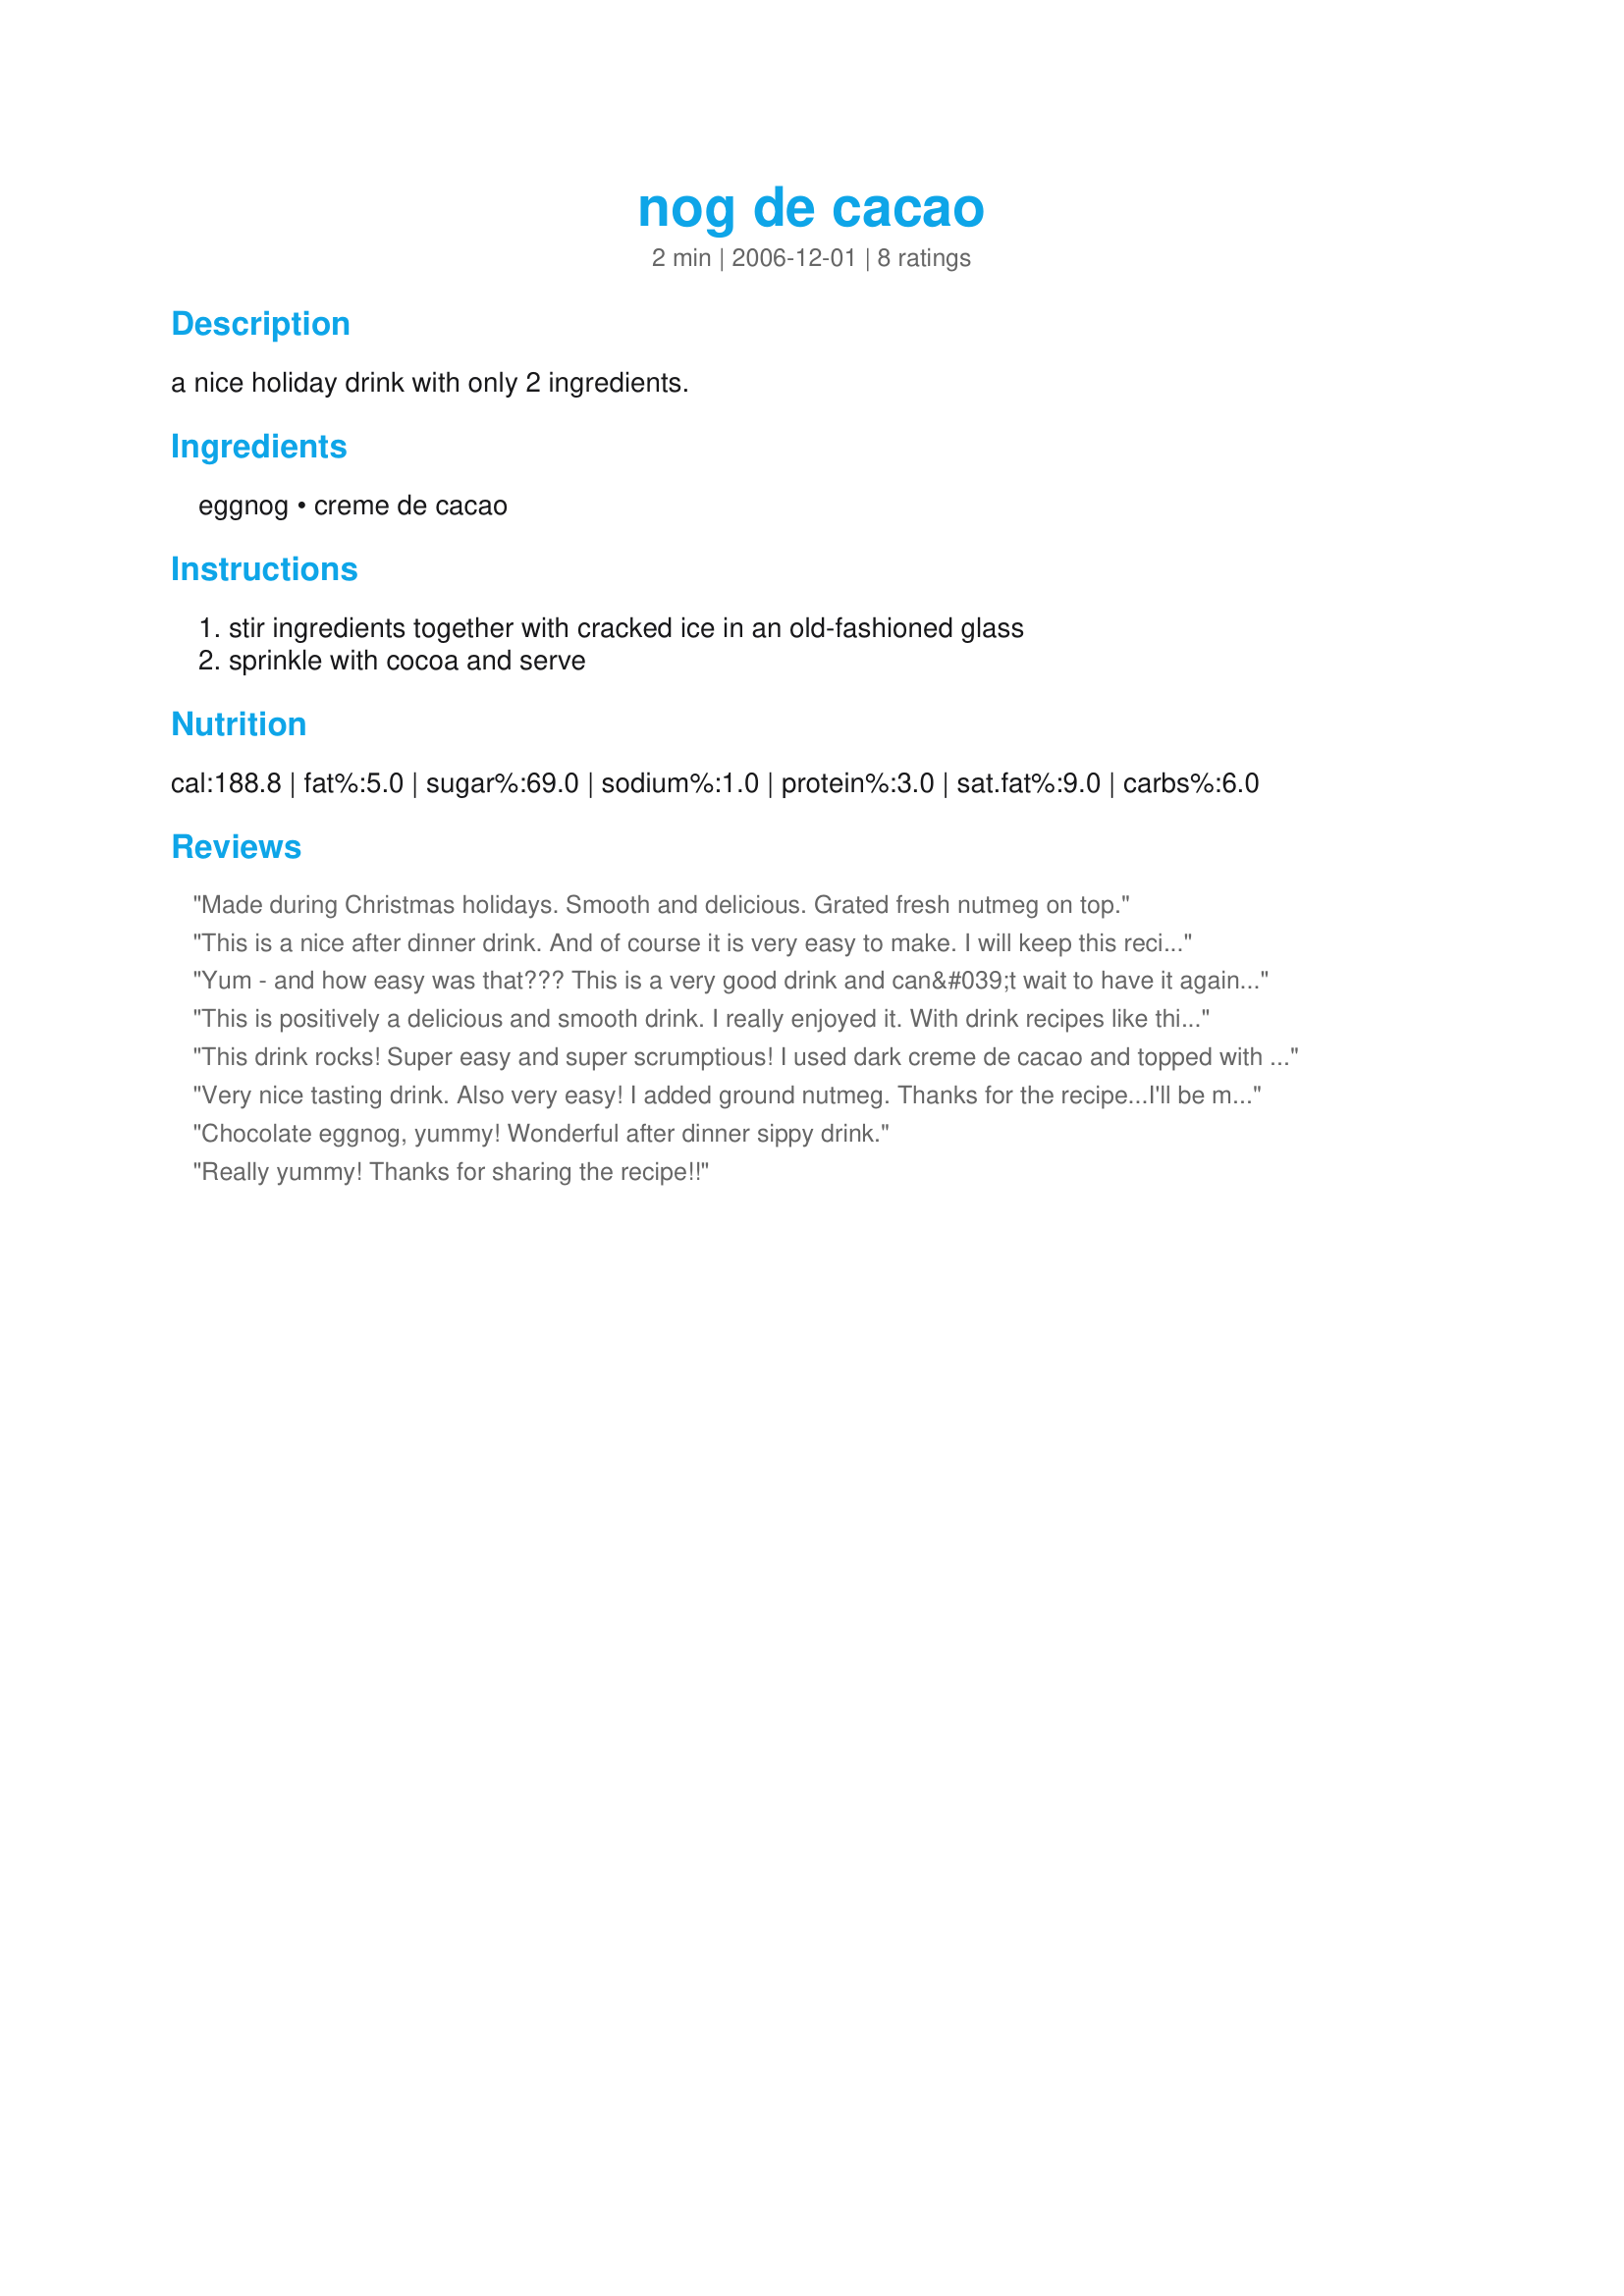
nog de cacao
Preparation time: 2 minutes

a nice holiday drink with only 2 ingredients.

Ingredients:
eggnog, creme de cacao

Steps:
stir ingredients together with cracked ice in an old-fashioned glass, sprinkle with cocoa and serve

Reviews:
Made during Christmas holidays. Smooth and delicious. Grated fresh nutmeg on top.
This is a nice after dinner drink. And of course it is very easy to make. I will keep this recipe handy for next year. I think I'll even freeze some of the eggnog so I can have a drink later on in the year. Thanks lazyme for sharing this recipe. Checking my notes and see I did not post this review.
Yum - and how easy was that??? This is a very good drink and can&#039;t wait to have it again when there&#039;s some whipped cream in the house! I had this plain, with just a little cocoa and fresh nutmeg grated over the top. Excellent!
This is positively a delicious and smooth drink. I really enjoyed it. With drink recipes like this, I really wish eggnog was around longer than just during the holidays. But then, it is a great drink to look forward to each year. It&#039;s something I know will become a tradition for us. Thanks for sharing your recipe, lazyme.
This drink rocks! Super easy and super scrumptious! I used dark creme de cacao and topped with whipped cream and nutmeg. Thanks for posting!
Very nice tasting drink. Also very easy! I added ground nutmeg. Thanks for the recipe...I'll be making more! Made for 1-2-3 Hit Wonders.
Chocolate eggnog, yummy! Wonderful after dinner sippy drink.
Really yummy! Thanks for sharing the recipe!!
